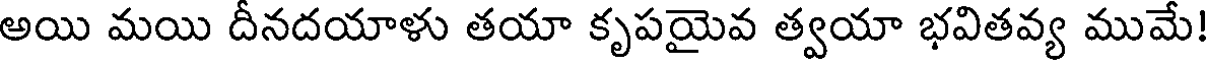
అయి మయి దీనదయాళు తయా కృపయైవ త్వయా భవితవ్య ముమే!